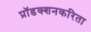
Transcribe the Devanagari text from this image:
प्रॉडक्शनकरिता